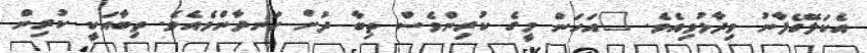
އެކަލޭގެފާނު ވިދާޅުވިއެވެ. "އަހަން މީގެ ކުރިންވެސް ތިބާ ދުށް ހަނދާންވެއެވެ. ތިބާއަކީ ކުރިން